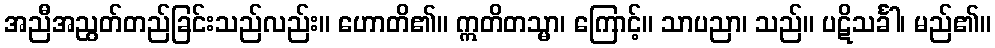
အညီအညွတ်တည်ခြင်းသည်လည်း။ ဟောတိ၏။ ဣတိတသ္မာ၊ ကြောင့်။ သာပညာ၊ သည်။ ပဋိသင်္ခါ၊ မည်၏။